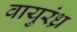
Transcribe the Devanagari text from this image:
वायुरंध्र